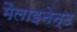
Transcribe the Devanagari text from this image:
मैलाइनेन्ट